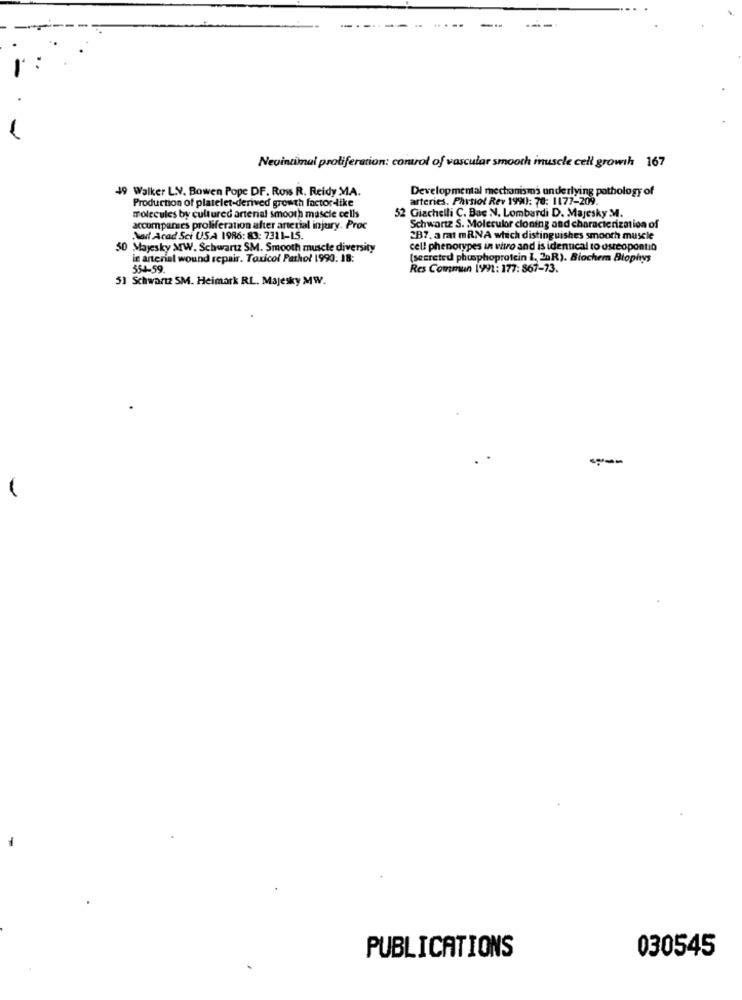
Nevintimal proliferation: comrol of vascular smooth inuscle cell growth 167
49 Walker L.V. Bowen Pope DF. Ross R. Reidy MA.
Production of platelet-derived growth factor-like
arteries. Physiol Rev 1990: 70: 1177-209.
Developmental mechanisms underlying pathology of
molecules by cultured arterial smooth muscle cells
52 Giachelli C. Bac N. Lombardi D. Majesky M.
accompanses proliferation after arterial injury. Proc
Schwartz S. Moleculor cloning and characterization of
Nait Acad Sci USA 1986: 83: 7311-15.
287. a rat mRNA which distinguishes smooth muscle
)Mayesky MW. Schwartz SM. Smooth muscle diversity
cell phenotypes in wiro and is identical to osteopontin
in arterial wound repair. Toxicol Pathol 1990. 18:
(secreted phosphoprotein 1, 20R). Biochem Biophys
554-59.
Res Commun 1991: 177: 867-73.
51 Schwartz SM. Heimark RL. Majesky MW.
030545
PUBLICATIONS